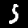
Digit: 5